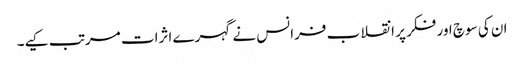
ان کی سوچ اور فکر پر انقلاب فرانس نے گہرے اثرات مرتب کیے۔